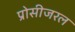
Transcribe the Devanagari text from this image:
प्रोसीजरल